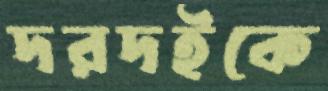
দরদইকে